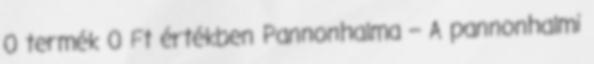
0 termék 0 Ft értékben Pannonhalma – A pannonhalmi